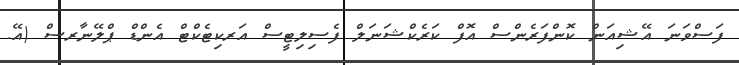
ފަސްވަނަ އޭޝިއަން ކޮންފަރެންސް އޮފް ކަރެކްޝަނަލް ފެސިލިޓީސް އަރކިޓެކްޓް އެންޑް ޕްލޭނާރސް (އޭ.